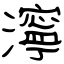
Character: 濘